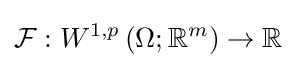
{\mathcal {F}}:W^{1,p}\left(\Omega ;\mathbb {R} ^{m}\right)\rightarrow \mathbb {R}